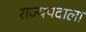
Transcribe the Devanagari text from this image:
राज्यपदाला